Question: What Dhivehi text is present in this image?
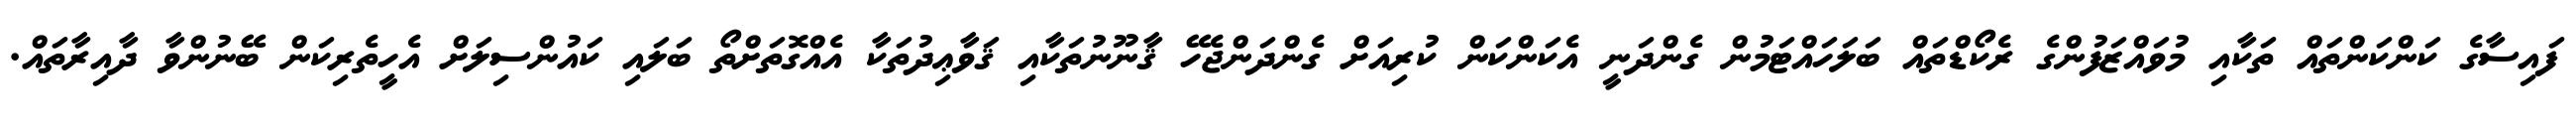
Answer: ފައިސާގެ ކަންކަންތައް ތަކާއި މުވައްޒަފުންގެ ރެކޯޑްތައް ބަލަހައްޓަމުން ގެންދަނީ އެކަންކަން ކުރިއަށް ގެންދަންޖެހޭ ޤާނޫނުތަކާއި ޤަވާޢިދުތަކާ އެއްގޮތަށްތޯ ބަލައި ކައުންސިލަށް އެހީތެރިކަން ބޭނުންވާ ދާއިރާތައް.